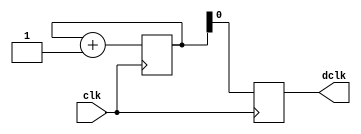

module divide_by_two (
    input clk, 
    output reg dclk
);

reg [1:0] CounterZ;

always @(posedge clk)
begin
    CounterZ <= CounterZ + 1;
    dclk <= CounterZ[0];
end
endmodule


module divide_by_N( reset, clk, enable, n, clk_out );

input clk;
input reset;
input enable;
input [7:0] n;
output clk_out;

wire [7:0] m;
wire dbn_en;
reg [7:0] count;
reg out1;
reg out2;
wire out;
wire clk_out;

assign dbn_en = n[7] | n[6] | n[5] | n[4] | n[3] | n[2] | n[1];

always @(negedge clk or posedge reset) begin
    if (reset==1) begin
        out1<=1'b0;
        count<=8'h00;
    end
    else if (dbn_en==1 && enable==1) begin
        if (n[0]==0) begin // even count
            if (count==m-1)begin
                count<=8'h00;
                out1<=~out1;
            end
        else
            count<=count+1;
        end
        else if (count==n-1)begin // odd count
            count<=8'h00;
            out1<=~out1;
        end
    else
        count<=count+1;
    end
end

assign m=n>>1;

always @(posedge clk or posedge reset) begin
    if (reset==1) begin
        out2<=1'b0;
    end
    else if (count==m && enable==1)
        out2<=out1;
end

assign out=(enable==1)?((dbn_en==0)? clk : (n[0]==1)? out1^out2 : out1):1'b0;

assign clk_out = out;

endmodule